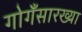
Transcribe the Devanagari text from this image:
गोगँसारख्या